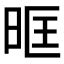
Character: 𭥰